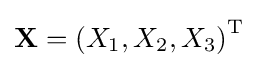
\mathbf {X} =\left(X_{1},X_{2},X_{3}\right)^{\rm {T}}